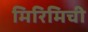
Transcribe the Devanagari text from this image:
मिरिमिची